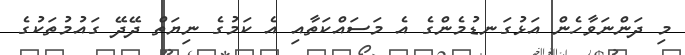
މި ދަންނަވާހެން އަޅުގަނޑުމެންގެ އެ މަސައްކަތާއި އެ ކަމުގެ ނިޔަތް ދޭދޭ ގައުމުތަކުގެ